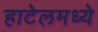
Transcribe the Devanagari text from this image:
हाटेलमध्ये